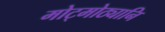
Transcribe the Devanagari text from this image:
मोट्मोठ्यानि